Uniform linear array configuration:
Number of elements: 12
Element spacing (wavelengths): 0.25
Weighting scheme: binomial
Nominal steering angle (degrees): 15
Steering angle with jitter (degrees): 14.772
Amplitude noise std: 0.05
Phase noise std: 0.05

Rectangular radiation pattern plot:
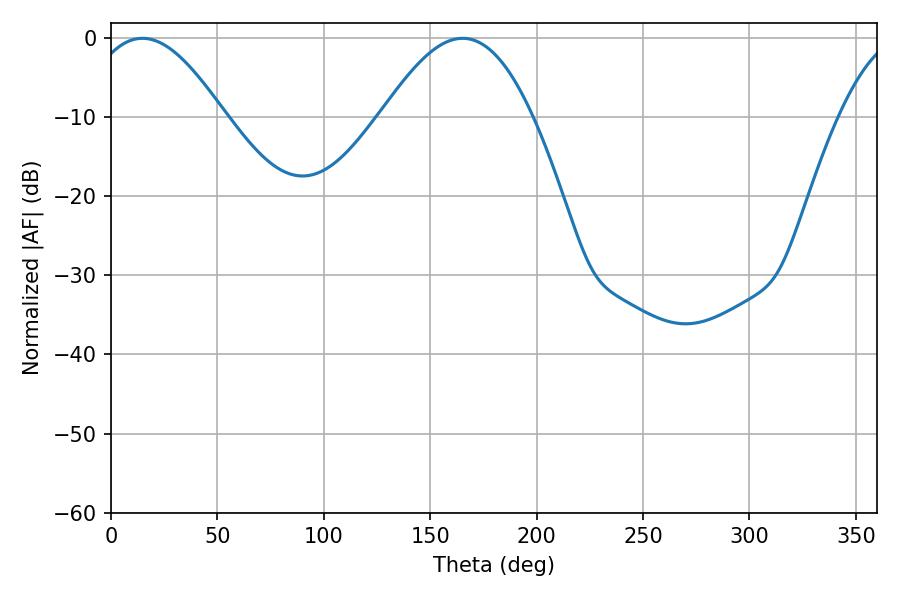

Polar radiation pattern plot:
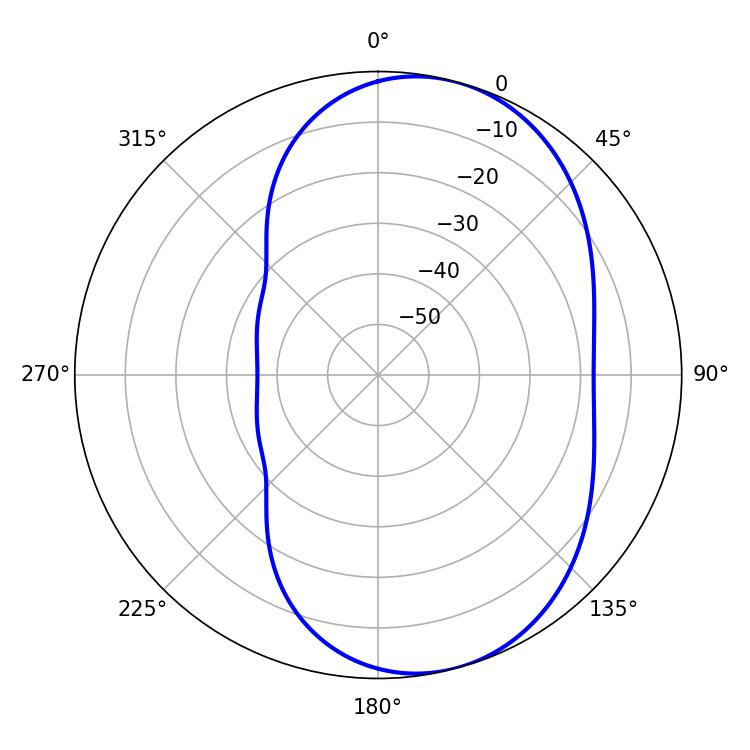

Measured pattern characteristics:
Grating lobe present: FALSE
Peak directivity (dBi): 6.749
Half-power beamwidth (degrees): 34.92
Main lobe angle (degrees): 14.76